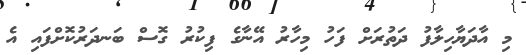
މި އާދަޔާހިލާފު ދަތުރަށް ފަހު މިހާރު އޭނާގެ ފިކުރު ގޮސް ބަނދަރުކޮށްފައި އެ